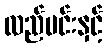
လည်ပင်းနှင့်